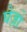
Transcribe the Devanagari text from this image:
घेज़ो